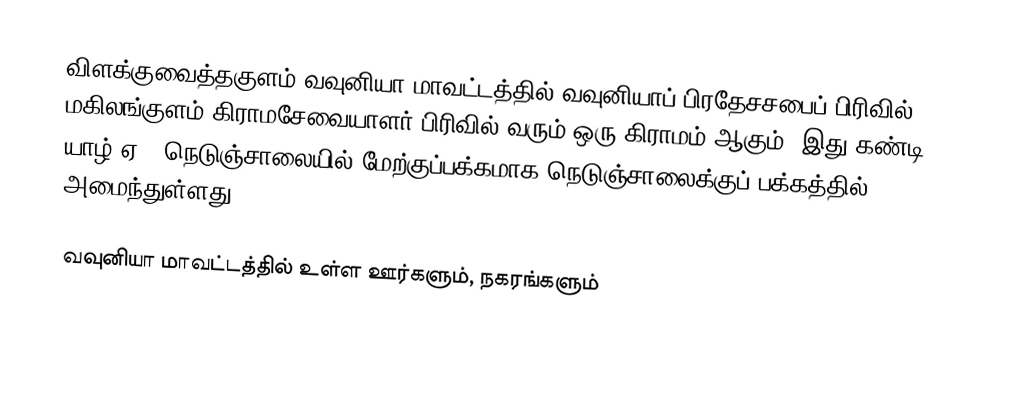
விளக்குவைத்தகுளம் வவுனியா மாவட்டத்தில் வவுனியாப் பிரதேசசபைப் பிரிவில் மகிலங்குளம் கிராமசேவையாளர் பிரிவில் வரும் ஒரு கிராமம் ஆகும். இது கண்டி யாழ் ஏ-9 நெடுஞ்சாலையில் மேற்குப்பக்கமாக நெடுஞ்சாலைக்குப் பக்கத்தில் அமைந்துள்ளது.

வவுனியா மாவட்டத்தில் உள்ள ஊர்களும், நகரங்களும்